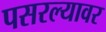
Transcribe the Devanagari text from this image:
पसरल्यावर